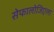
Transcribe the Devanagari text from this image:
सेफालोजिएला